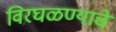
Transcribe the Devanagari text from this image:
विरघळण्याचे